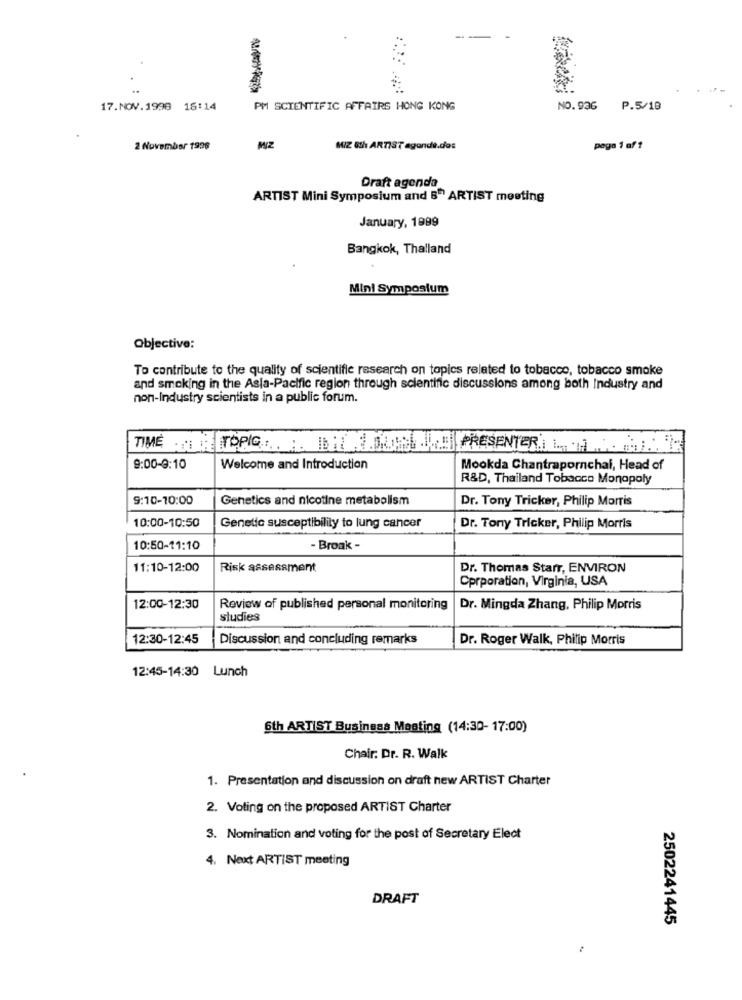
17.NOV.1998 16:14
PM SCIENTIFIC AFFAIRS HONG KONG
NO.936
P.5/18
2 November 1996
MIZ 8th ARTIST agande.dos
pega 1 af ?
Draft agenda
ARTIST Mini Symposium and 6" ARTIST meeting
January, 1999
Bangkok, Thailand
Mini Symposium
Objective:
To contribute to the quality of scientific research on topics related to tobacco, tobacco smoke
and smoking in the Asia-Pacific region through scientific discussions among both Industry and
non-Industry scientists in a public forum.
TIMESTHE TOPIC: : HOUSE PRESENTER
9:00-9:10
Welcome and Introduction
Mookda Chantrapornchai, Head of
R&D, Thailand Tobacco Monopoly
9:10-10:00
Genetics and nicotine metabolism
Dr. Tony Tricker, Philip Morris
10:00-10:50
Genetic susceptibility to lung cancer
Dr. Tony Tricker, Philip Morris
10:50-11:10
- Broak -
11:10-12:00
Risk assessment
Dr. Thomas Starr, ENVIRON
Corporation, Virginia, USA
12:00-12:30
Review of published personal monitoring
Dr. Mingda Zhang, Philip Morris
studies
12:30-12:45
Discussion and concluding remarks
Dr. Roger Walk, Philip Morris
12:45-14:30 Lunch
6th ARTIST Business Meeting (14:30- 17:00)
Chair: Dr. R. Walk
1. Presentation and discussion on draft new ARTIST Charter
2. Voting on the proposed ARTIST Charter
3. Nomination and voting for the post of Secretary Elect
4. Next ARTIST meeting
DRAFT
2502241445